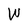
Character: W